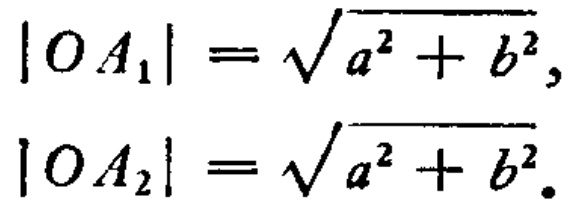
\[
|OA_1| = \sqrt{a^{2}+b^{2}}, \\
|OA_2| = \sqrt{a^{2}+b^{2}}.
\]